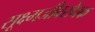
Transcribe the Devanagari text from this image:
सूक्ष्मजीवरोधक